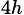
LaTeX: _{4h}